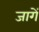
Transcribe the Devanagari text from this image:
जागें